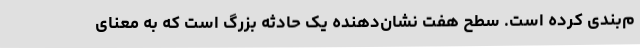
م‌بندی کرده است. سطح هفت نشان‌دهنده یک حادثه بزرگ است که به معنای